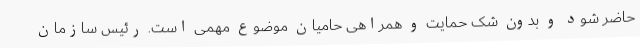
حاضر شود و بدون شک حمایت و همراهی حامیان موضوع مهمی است. رئیس سازمان